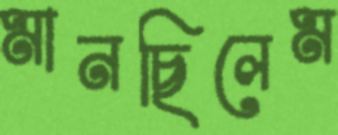
মানছিলেম